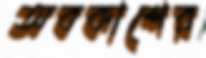
অবকাশের